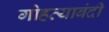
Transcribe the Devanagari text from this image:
गोहत्याबंदी